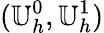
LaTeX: (\mathbb{U}_{h}^{0},\mathbb{U}_{h}^{1})